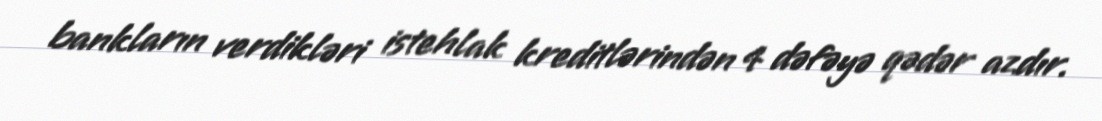
bankların verdikləri istehlak kreditlərindən 4 dəfəyə qədər azdır.